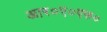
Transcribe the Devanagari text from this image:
आर०ए०एफ०